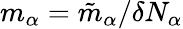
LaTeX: m_{\alpha}=\tilde{m}_{\alpha}/\delta N_{\alpha}